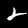
Digit: 2